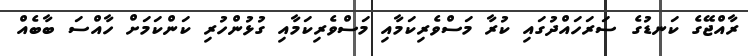
ރާއްޖޭގެ ކަނޑުގެ ސަރަހައްދުގައި ކުރާ މަސްވެރިކަމާއި މަސްވެރިކަމާއި ގުޅުންހުރި ކަންކަމަށް ހާއްސަ ބާބެއް